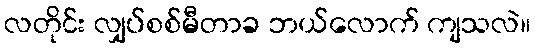
လတိုင်း လျှပ်စစ်မီတာခ ဘယ်လောက် ကျသလဲ။